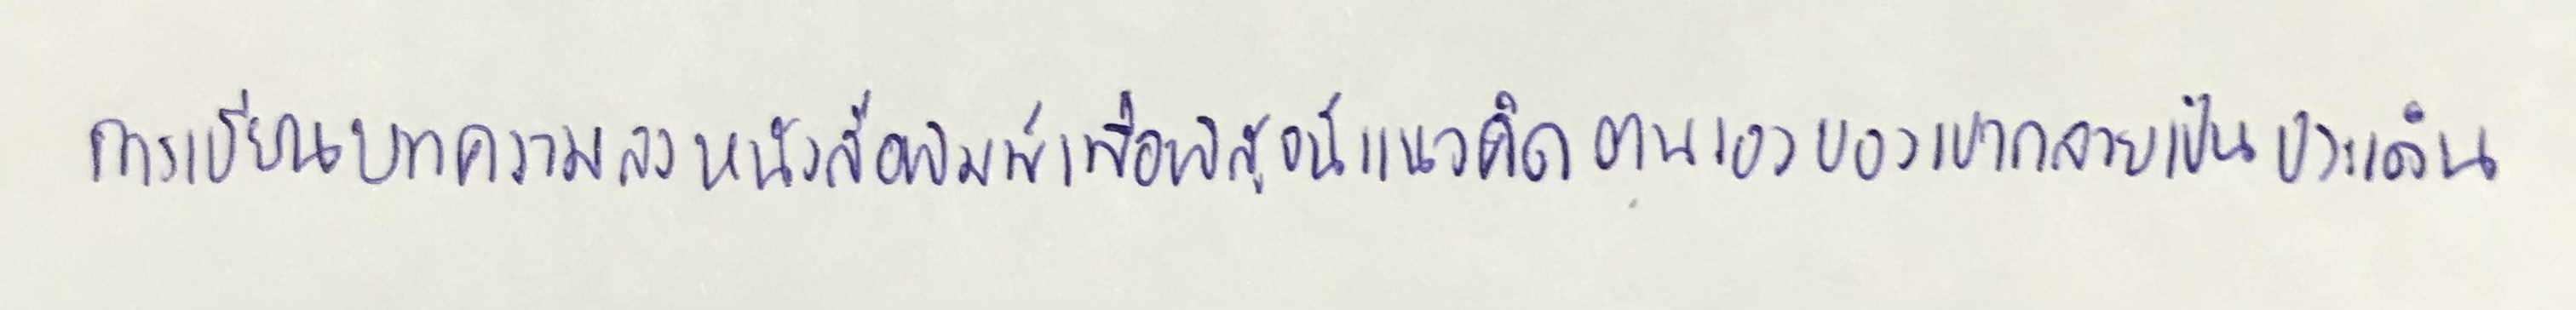
การเขียนบทความลงหนังสือพิมพ์เพื่อพิสูจน์แนวคิดตนเองของเขากลายเป็นประเด็น